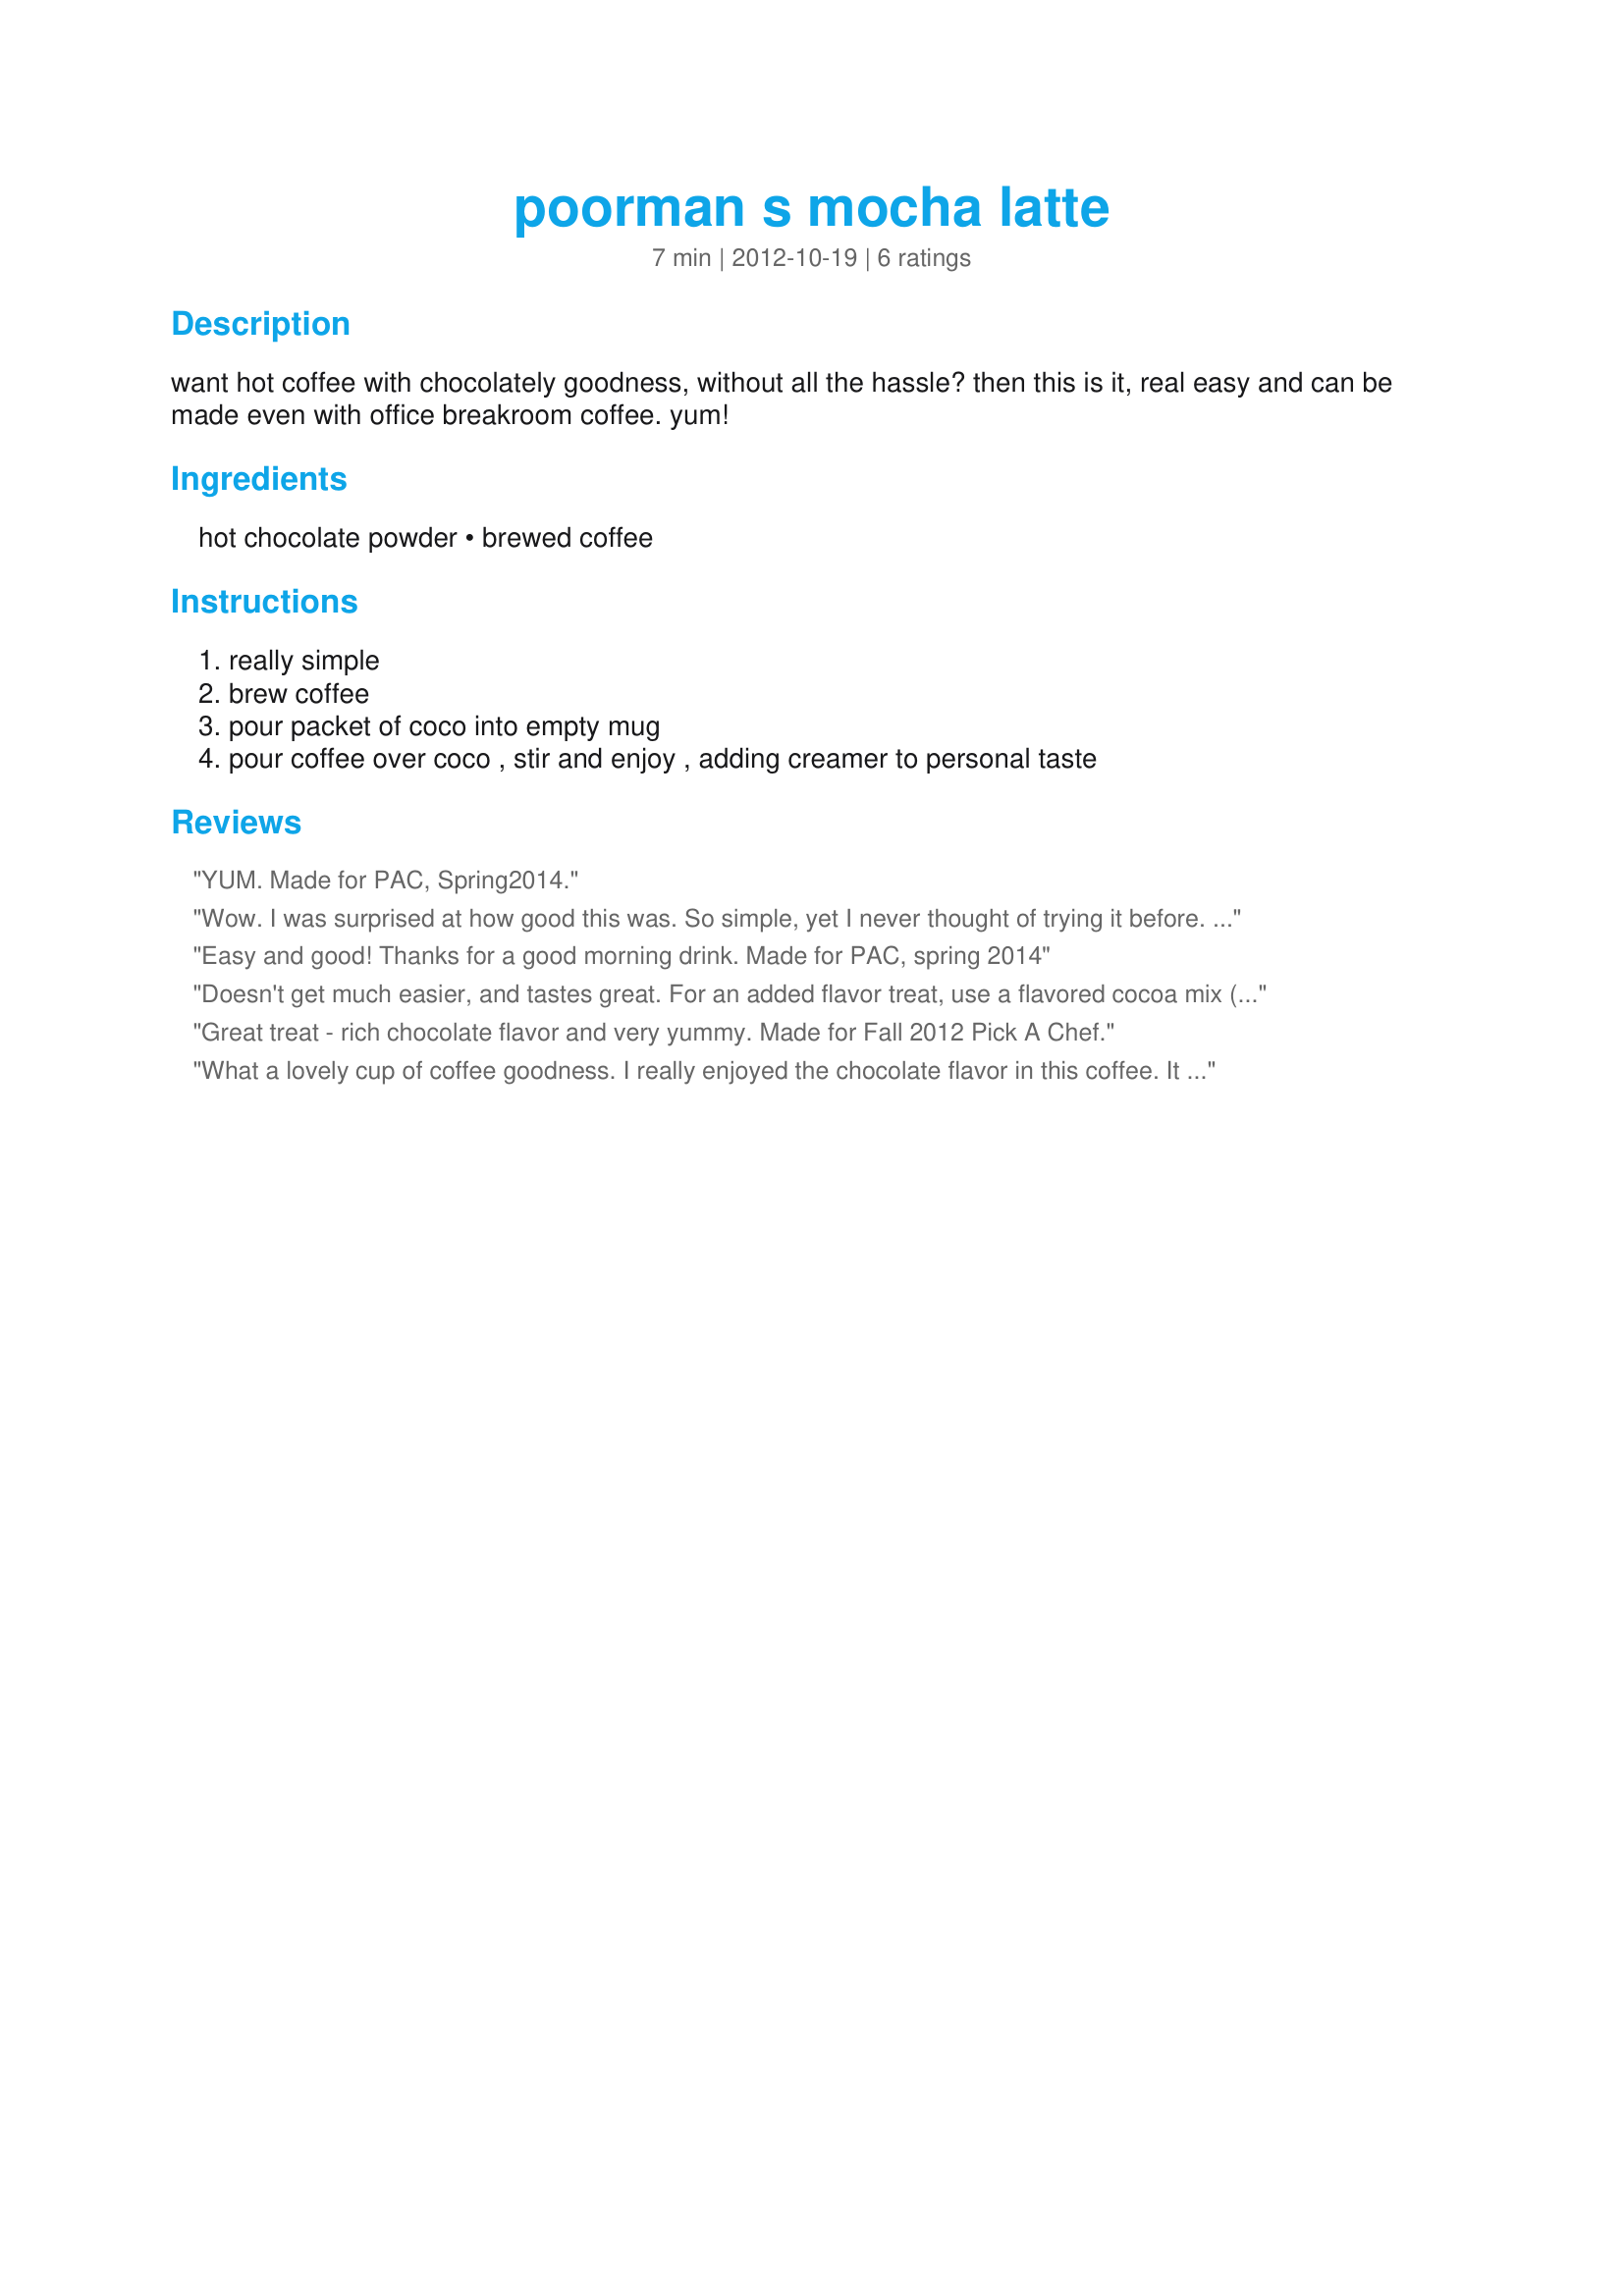
poorman s mocha latte
Preparation time: 7 minutes

want hot coffee with chocolately goodness, without all the hassle? then this is it, real easy and can be made even with office breakroom coffee. yum!

Ingredients:
hot chocolate powder, brewed coffee

Steps:
really simple, brew coffee, pour packet of coco into empty mug, pour coffee over coco , stir and enjoy , adding creamer to personal taste

Reviews:
YUM. Made for PAC, Spring2014.
Wow. I was surprised at how good this was. So simple, yet I never thought of trying it before. I used Stephen's brand of cinnamon candy cane cocoa. Delicious!! Thanks for posting!
Easy and good! Thanks for a good morning drink. Made for PAC, spring 2014
Doesn't get much easier, and tastes great. For an added flavor treat, use a flavored cocoa mix (I used raspberry). Made for Fall 2012 PAC game.
Great treat - rich chocolate flavor and very yummy. Made for Fall 2012 Pick A Chef.
What a lovely cup of coffee goodness. I really enjoyed the chocolate flavor in this coffee. It was tasty. Quick and really easy to make with only two ingredients, it was perfect. Garnished with whipped cream for a truly decadent treat. I will be enjoying this one often. Made for Fall Pac 2012
